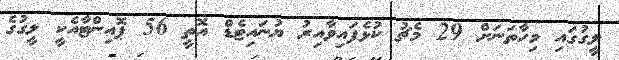
ލީގުގައި މިހާތަނަށް 29 މެޗު ކުޅެފައިވާއިރު ޔުނައިޓެޑް އޮތީ 56 ޕޮއިންޓާއެކީ ލީގުގެ